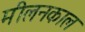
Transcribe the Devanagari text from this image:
मीलनकाल